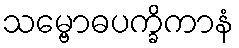
သမ္ဗောဓပက္ခိကာနံ